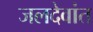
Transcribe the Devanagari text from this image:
जलदेवांत